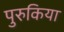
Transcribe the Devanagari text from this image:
पुरुकिया